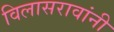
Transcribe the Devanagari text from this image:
विलासरावांनी